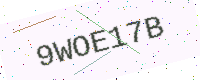
Text: 9WOE17B